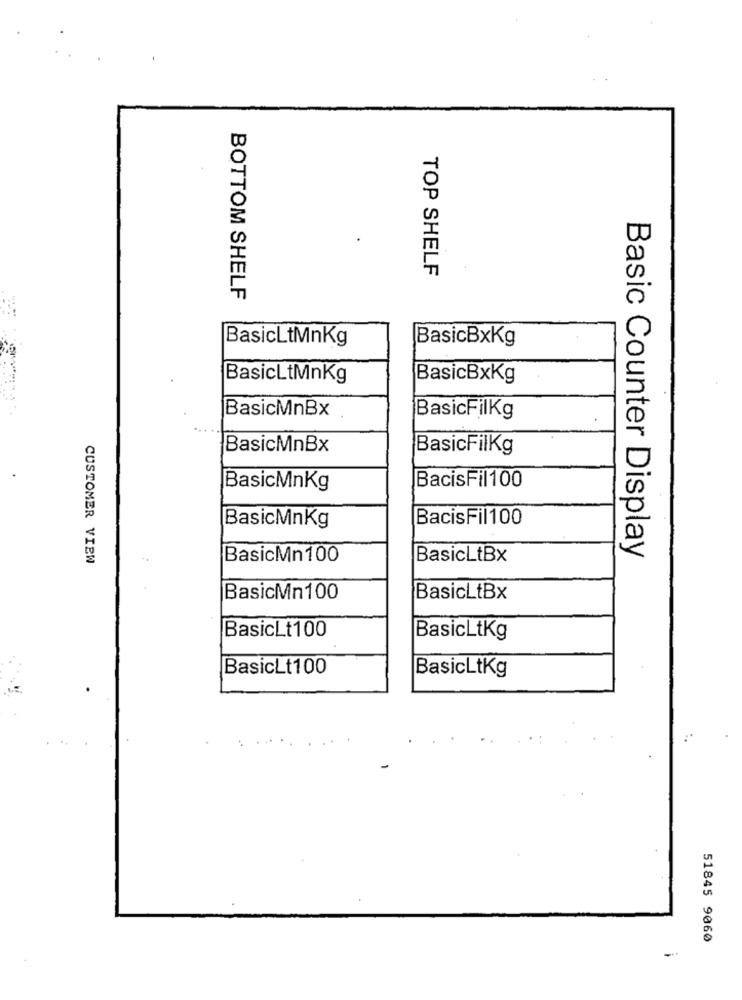
TOP SHELF
BOTTOM SHELF
BasicLtMnKg
BasicBxKg
BasicLtMnKg
BasicBxKg
BasicMnBx
BasicFilKg
BasicMnBx
BasicFilKg
BacisFil100
BasicMnKg
BacisFil100
BasicMnKg
Basic Counter Display
CUSTOMER VIEW
BasicMn100
BasicLtBx
BasicMn100
BasicLtBx
BasicLt100
BasicLtKg
BasicLt100
BasicLtKg
51845 9060